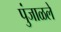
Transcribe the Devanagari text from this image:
पुंजाळले